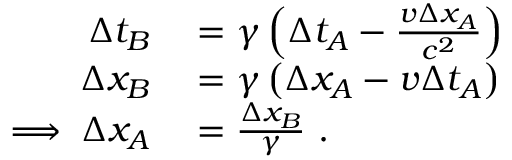
\begin{array} { r l } { \Delta t _ { B } } & { { } = \gamma \left( \Delta t _ { A } - \frac { v \Delta x _ { A } } { c ^ { 2 } } \right) } \\ { \Delta x _ { B } } & { { } = \gamma \left( \Delta x _ { A } - v \Delta t _ { A } \right) } \\ { \implies \Delta x _ { A } } & { { } = \frac { \Delta x _ { B } } { \gamma } ~ . } \end{array}